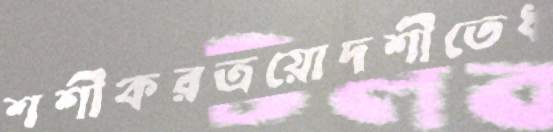
শশীকরত্রয়োদশীতেধ